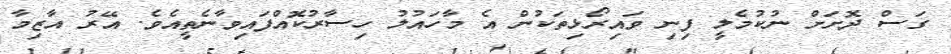
ގަސް ދޮށަށް ނުކުމެލީ ފިނި ވައިރޯޅިތަކުން އެ މާހައުލު ހިސާރުކޮއްފައިވާނެތީއެވެ. އޭރު އާޒިމާ